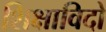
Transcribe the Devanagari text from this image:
शिक्षाविदो